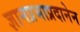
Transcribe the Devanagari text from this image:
ज्ञानप्रभाप्रदानेन